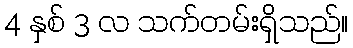
4 နှစ် 3 လ သက်တမ်းရှိသည်။